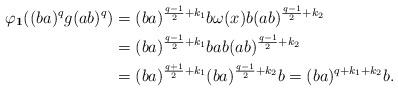
LaTeX: \begin{align*}\varphi_{\boldsymbol{1}}((ba)^qg(ab)^q ) &=(ba)^{\frac{q-1}{2}+k_1}b\omega(x)b(ab)^{\frac{q-1}{2}+k_2}\\&=(ba)^{\frac{q-1}{2}+k_1}bab(ab)^{\frac{q-1}{2}+k_2}\\&=(ba)^{\frac{q+1}{2}+k_1}(ba)^{\frac{q-1}{2}+k_2}b = (ba)^{q+k_1+k_2}b.\end{align*}